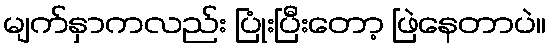
မျက်နှာကလည်း ပြုံးပြီးတော့ ဖြဲနေတာပဲ။